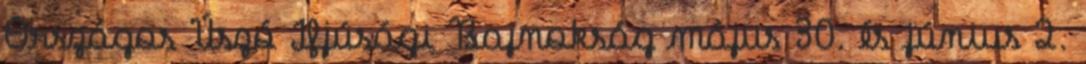
Országos Úszó Ifjúsági Bajnokság május 30. és június 2.